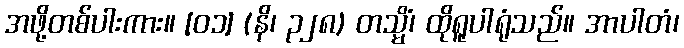
အဖို့တစ်ပါးကား။ [၀၁] (နိ၊ ၃၂၈) တသ္မိံ၊ ထိုရူပါရုံသည်။ အာပါတံ၊